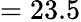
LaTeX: =23.5